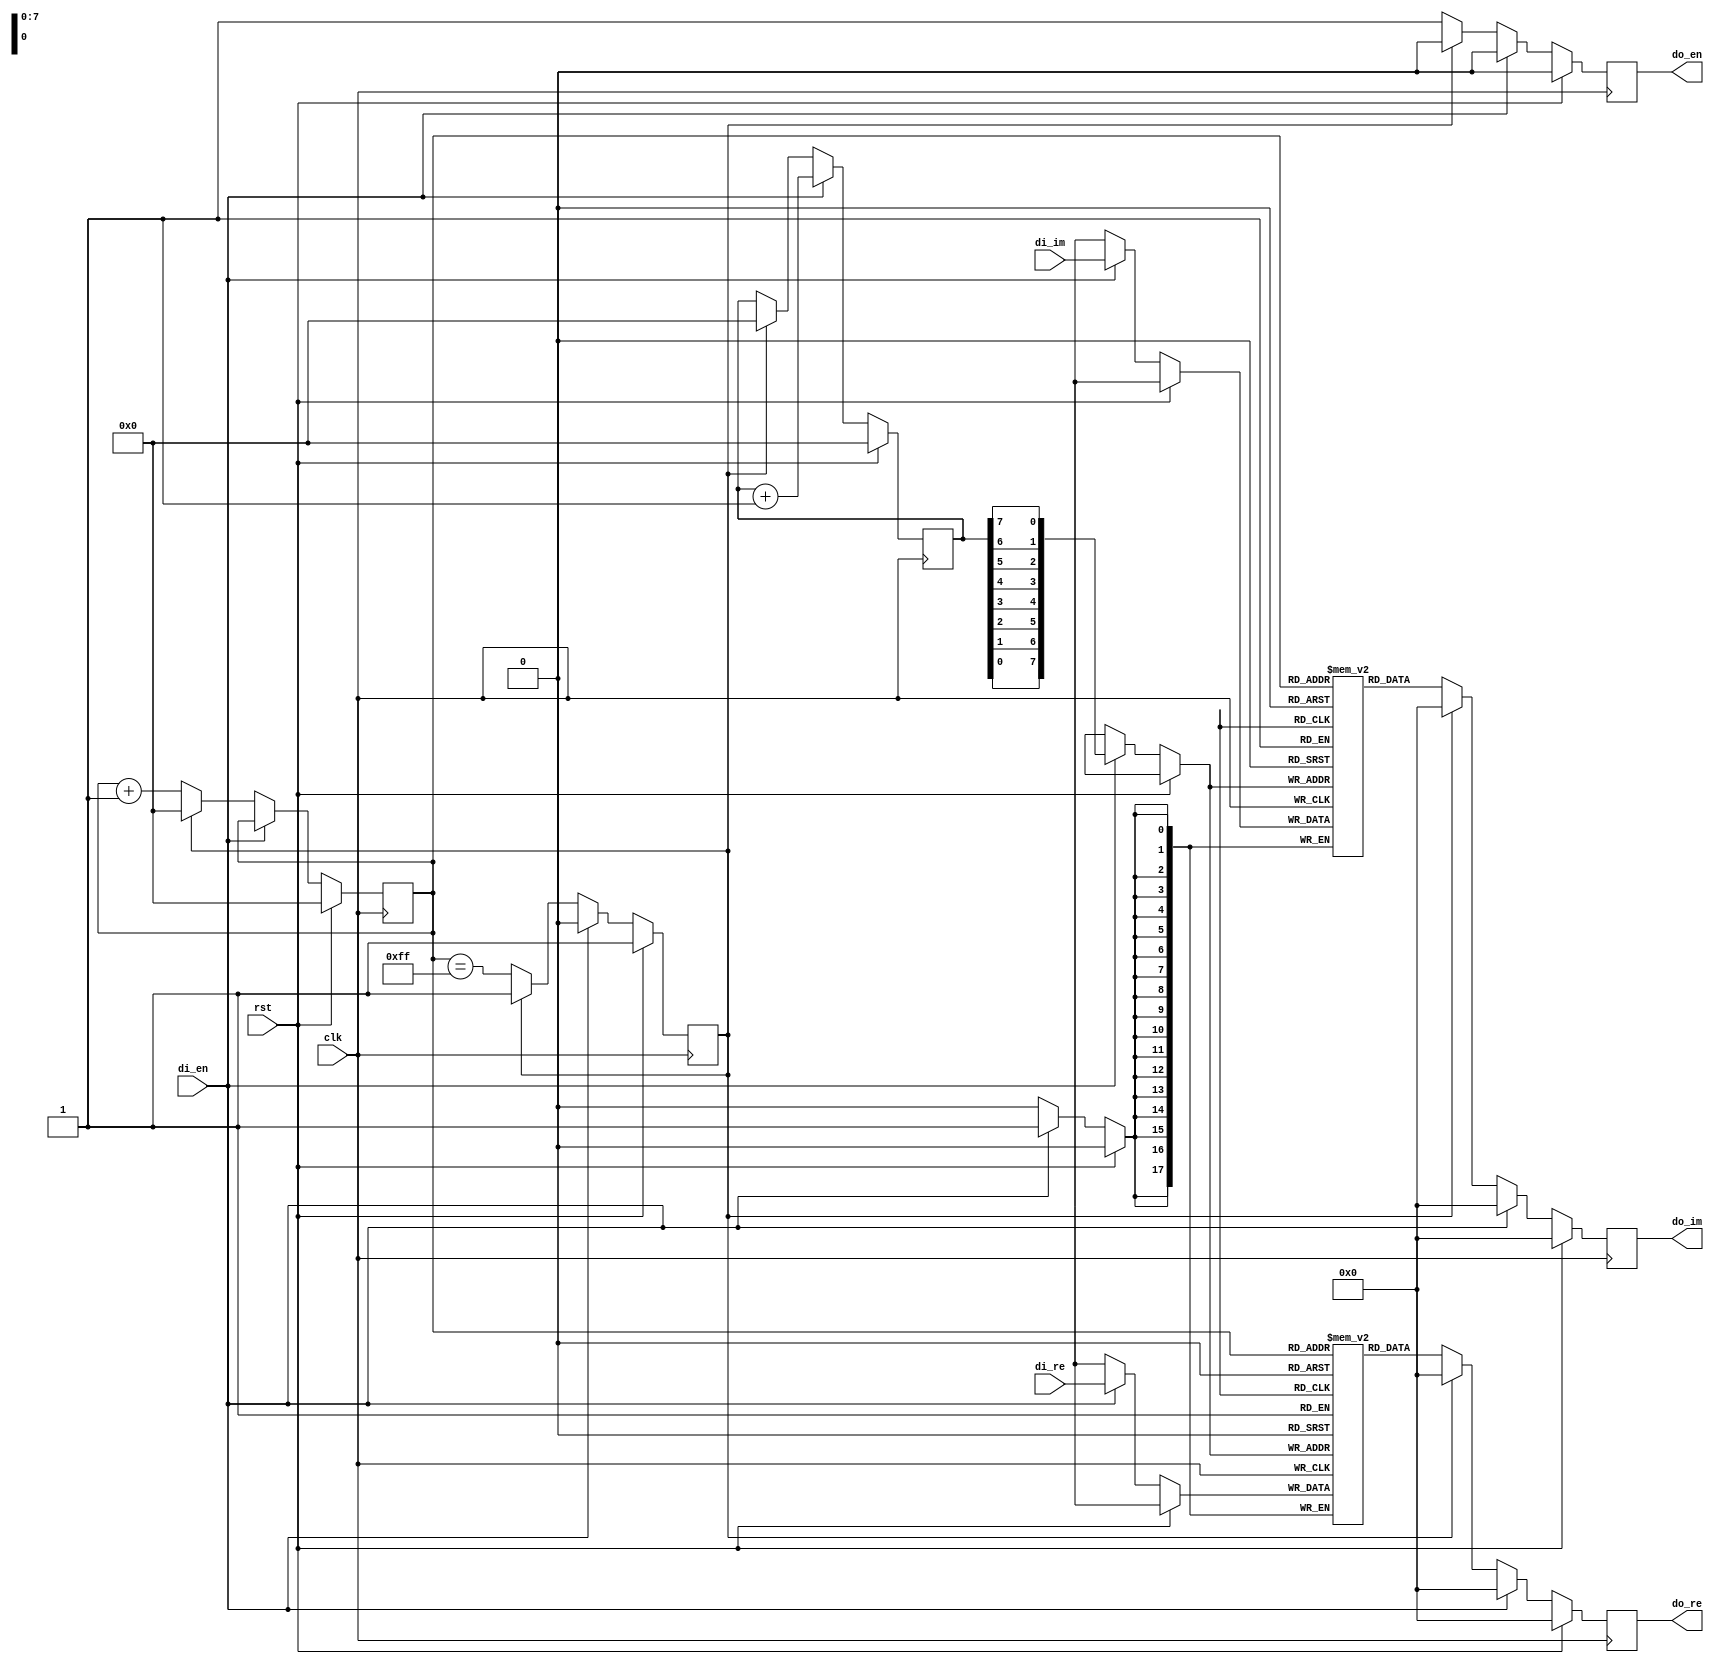
module reorder256 #(
    parameter WIDTH=18
)(
    input clk,rst,
    input signed [WIDTH-1:0] di_re,di_im,
    input di_en,
    output reg signed [WIDTH-1:0] do_re,do_im,
    output reg do_en
    
);
    reg [WIDTH-1:0] mem_re [0:255];
    reg [WIDTH-1:0] mem_im [0:255];
    reg done;
    wire[7:0] addr;
    reg [7:0] counter , di_count;


    assign addr = {di_count[0],di_count[1],di_count[2],di_count[3],di_count[4],di_count[5],di_count[6],di_count[7]};

    always @(posedge clk) begin
        if (rst) begin
            counter <= 0;
            di_count <=0;
            done <=1;
            do_en<=0;
            do_im<=0;
            do_re<=0;
        end
        else if (di_en) begin
            di_count <=di_count+1;
            mem_re[addr] <= di_re;
            mem_im[addr] <= di_im;
            do_re<=0;
            do_im<=0;
            done<=0;
            do_en <=0;
        end
        else if (!done) begin
            do_re <= mem_re[counter];
            do_im <= mem_im[counter];
            do_en <=1;
            counter <= counter+1;
            done<=counter==255;
        end else begin
            do_re <= 0;
            do_im <= 0;
            di_count <= 0;
            counter <= 0;
            done <= 1;
            do_en <=0;
        end
    end
endmodule